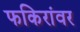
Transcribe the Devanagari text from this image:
फकिरांवर